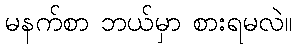
မနက်စာ ဘယ်မှာ စားရမလဲ။